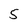
Character: 5